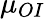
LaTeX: \mu_{OI}